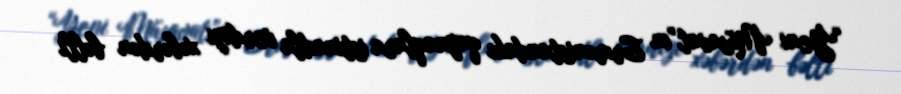
“Yeni Müsavat”ın Ermənistandakı qaynaqlara istinadla verdiyi xəbərdən bəlli